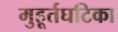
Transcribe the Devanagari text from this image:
मुहूर्तघटिका